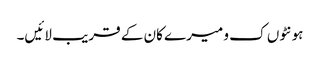
ہونٹوں ک و میرے کان کے قریب لائیں۔